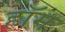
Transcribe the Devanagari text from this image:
हॉम